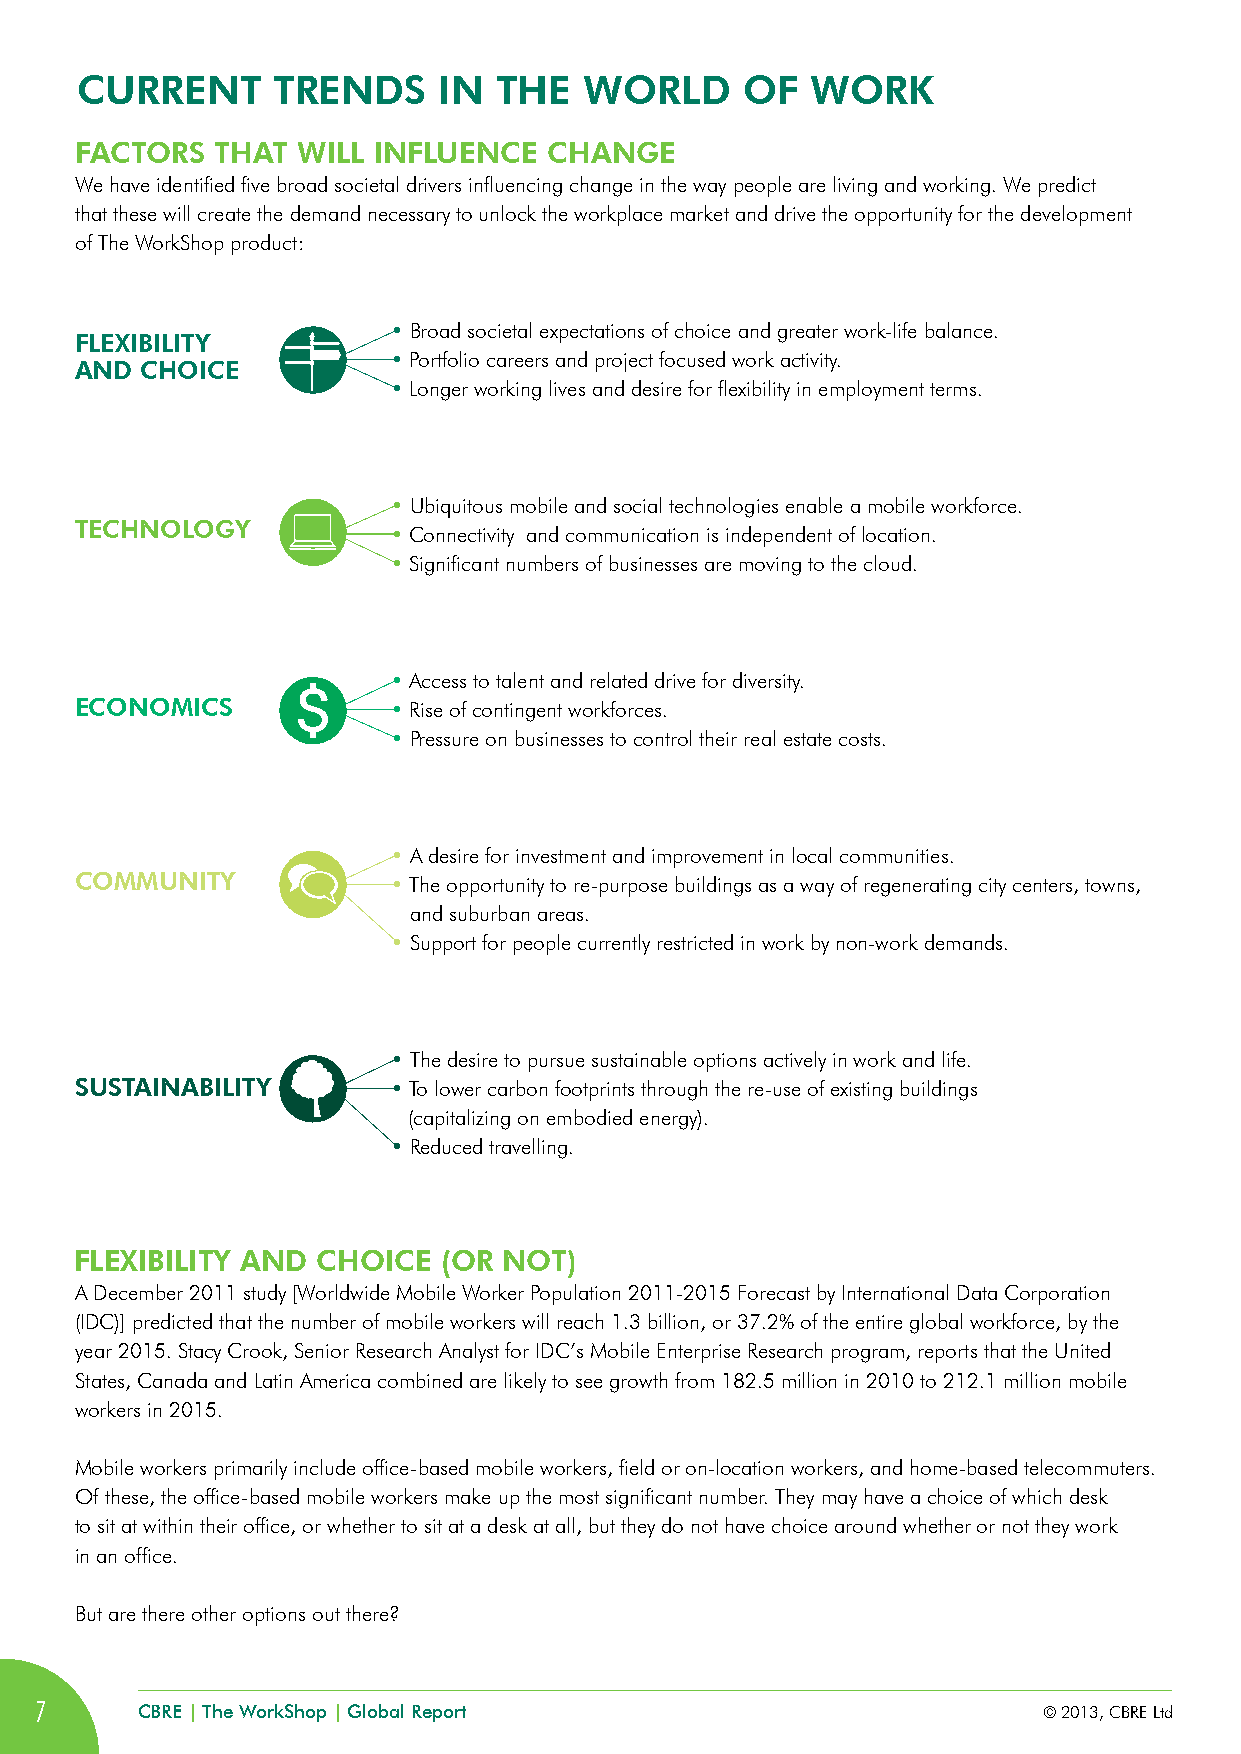
CURRENT      TRENDS     iN  THE   WORLD     Of   WORK
 fACTORS  THAT  WiLL iNfLUENCE  CHANGE
 We have identified five broad societal drivers influencing change in the way people are living and working. We predict
 that these will create the demand necessary to unlock the workplace market and drive the opportunity for the development
 of The WorkShop product:
 • Broad societal expectations of choice and greater work-life balance.
 fLExiBiLiTy
 • Portfolio careers and project focused work activity.
 AND CHOiCE
 • Longer working lives and desire for flexibility in employment terms.
 • Ubiquitous mobile and social technologies enable a mobile workforce.
 TECHNOLOGy
 • Connectivity and communication is independent of location.
 • Significant numbers of businesses are moving to the cloud.
 • Access to talent and related drive for diversity.
 ECONOMiCS            • Rise of contingent workforces.
 • Pressure on businesses to control their real estate costs.
 • A desire for investment and improvement in local communities.
 COMMUNiTy            • The opportunity to re-purpose buildings as a way of regenerating city centers, towns,
 and suburban areas.
 • Support for people currently restricted in work by non-work demands.
 • The desire to pursue sustainable options actively in work and life.
 SUSTAiNABiLiTy       • To lower carbon footprints through the re-use of existing buildings
 (capitalizing on embodied energy).
 • Reduced travelling.
 fLExiBiLiTy AND CHOiCE  (OR NOT)
 A December 2011 study [Worldwide Mobile Worker Population 2011-2015 Forecast by International Data Corporation
 (IDC)] predicted that the number of mobile workers will reach 1.3 billion, or 37.2% of the entire global workforce, by the
 year 2015. Stacy Crook, Senior Research Analyst for IDC’s Mobile Enterprise Research program, reports that the United
 States, Canada and Latin America combined are likely to see growth from 182.5 million in 2010 to 212.1 million mobile
 workers in 2015.
 Mobile workers primarily include office-based mobile workers, field or on-location workers, and home-based telecommuters.
 Of these, the office-based mobile workers make up the most significant number. They may have a choice of which desk
 to sit at within their office, or whether to sit at a desk at all, but they do not have choice around whether or not they work
 in an office.
 But are there other options out there?
 7      CBRE | The WorkShop | Global Report                         © 2013, CBRE Ltd